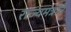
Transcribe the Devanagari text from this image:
राज्यमंत्रांने